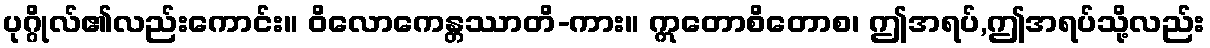
ပုဂ္ဂိုလ်၏လည်းကောင်း။ ဝိလောကေန္တဿာတိ-ကား။ ဣတောစိတောစ၊ ဤအရပ်,ဤအရပ်သို့လည်း